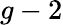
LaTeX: g-2